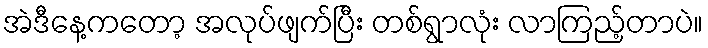
အဲဒီနေ့ကတော့ အလုပ်ဖျက်ပြီး တစ်ရွာလုံး လာကြည့်တာပဲ။